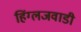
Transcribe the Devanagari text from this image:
हिंग्लजवाडी